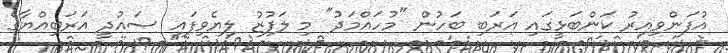
އުފަންވިއިރު ކަންބަޅީގައި އަރަބި ބަހުން "މުހައްމަދު" މި ލަފުޒު ލިޔެވިފައި ސައުދީ އަރަބިއްޔާގެ